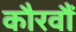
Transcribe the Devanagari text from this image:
कौरवौं